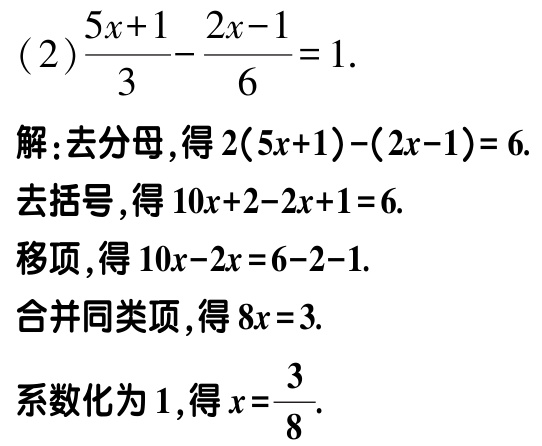
(2)\(\frac{5x + 1}{3}-\frac{2x - 1}{6}=1\).

解：去分母，得\(2(5x + 1)-(2x - 1)=6\).

去括号，得\(10x + 2 - 2x + 1 = 6\).

移项，得\(10x - 2x = 6 - 2 - 1\).

合并同类项，得\(8x = 3\).

系数化为\(1\)，得\(x=\frac{3}{8}\).